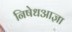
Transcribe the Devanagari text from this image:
निषेधआज्ञा